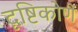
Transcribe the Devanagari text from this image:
दृष्टिकोणें